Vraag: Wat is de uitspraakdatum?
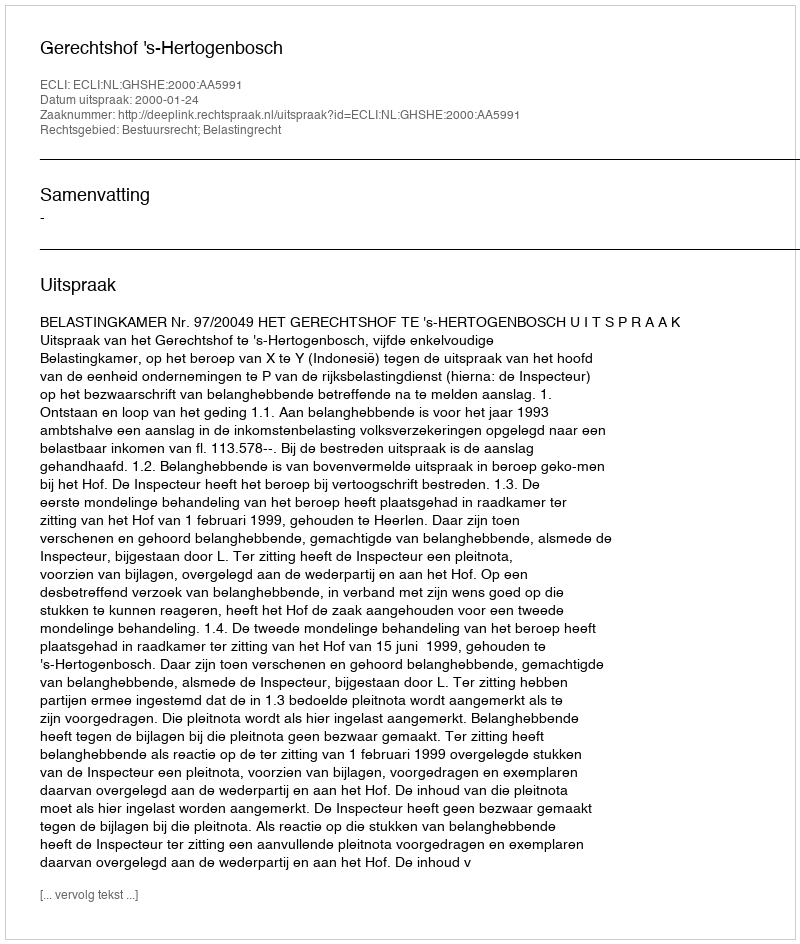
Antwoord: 2000-01-24